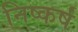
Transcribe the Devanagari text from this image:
निष्कर्षं